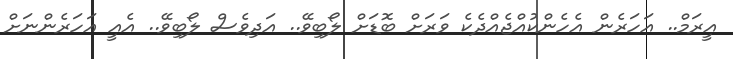
އީރަމް.. އަހަރެން އެހެންކުއްޖެއްދެކެ ވަރަށް ބޮޑަށް ލޯބިވޭ.. އަދިވެސް ލޯބިވޭ.. އެއީ އަހަރެންނަށް